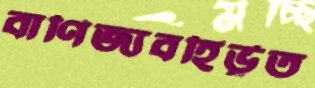
বাণিজ্যবহির্ভূত